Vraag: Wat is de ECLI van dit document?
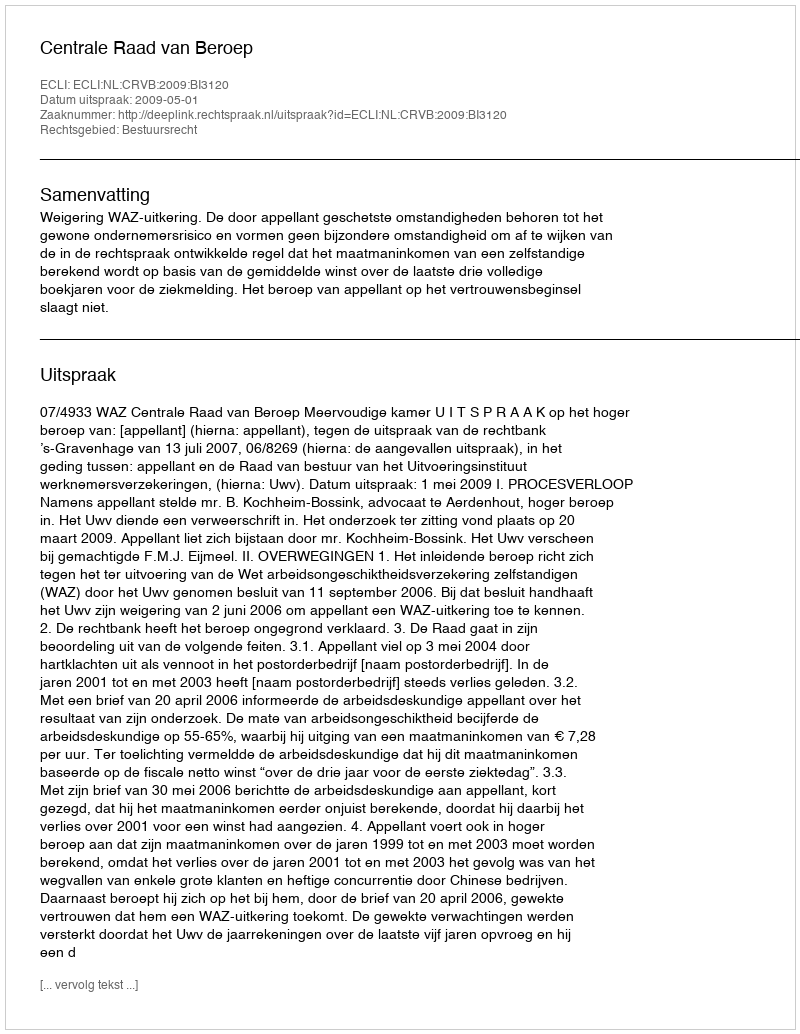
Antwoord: ECLI:NL:CRVB:2009:BI3120